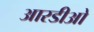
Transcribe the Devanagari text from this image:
आरडीओ